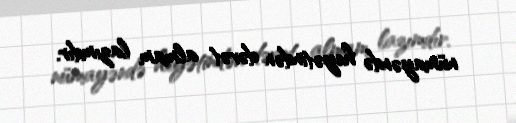
nümayəndə heyətindən dəvət almam lazımdır.